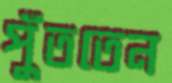
পুঁততেন